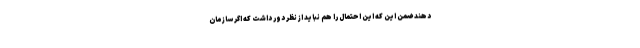
دهند ضمن این که این احتمال را هم نباید از نظر دور داشت که اگر سازمان